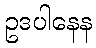
ဥဒပါနေန